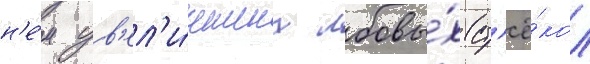
н'е́м ув'ел'и́ченных лобовы́х ст'ё́кол